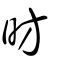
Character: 昉